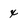
Character: x